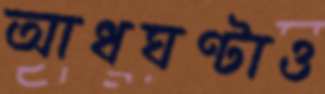
আধঘণ্টাও